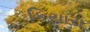
કિયારા